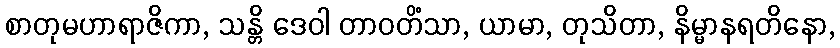
စာတုမဟာရာဇိကာ, သန္တိ ဒေဝါ တာဝတိံသာ, ယာမာ, တုသိတာ, နိမ္မာနရတိနော,